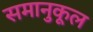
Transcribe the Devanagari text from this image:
समानुकूल